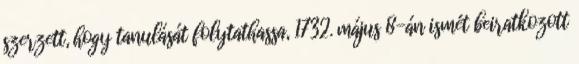
szerzett, hogy tanulását folytathassa, 1732. május 8-án ismét beiratkozott